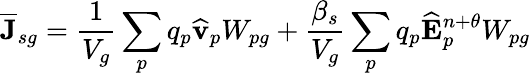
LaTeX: \overline{{\mathbf{J}}}_{sg}=\frac{1}{V_{g}}\sum_{p}q_{p}\widehat{\mathbf{v}}_{p}W_{pg}+\frac{\beta_{s}}{V_{g}}\sum_{p}q_{p}\widehat{\mathbf{E}}_{p}^{n+\theta}W_{pg}